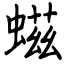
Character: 螆